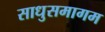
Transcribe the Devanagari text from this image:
साधुसमागम